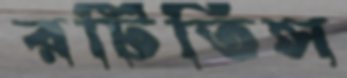
রটিতিস